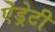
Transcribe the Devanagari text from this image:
ऐंड्रेटी